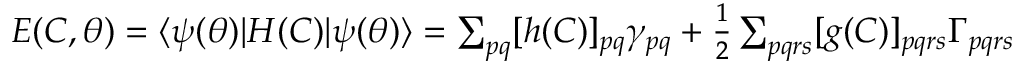
\begin{array} { r } { E ( C , { \boldsymbol { \theta } } ) = \ensuremath { \langle { \psi ( { \boldsymbol { \theta } } ) } \rvert } H ( C ) \ensuremath { \lvert { \psi ( { \boldsymbol { \theta } } ) } \rangle } = \sum _ { p q } [ h ( C ) ] _ { p q } \gamma _ { p q } + \frac { 1 } { 2 } \sum _ { p q r s } [ g ( C ) ] _ { p q r s } \Gamma _ { p q r s } } \end{array}